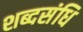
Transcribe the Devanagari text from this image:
शब्दसंधि